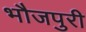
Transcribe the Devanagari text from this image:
भौजपुरी